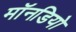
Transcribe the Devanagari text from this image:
मॉनडियो